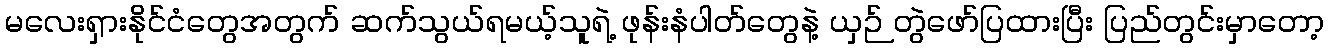
မလေးရှားနိုင်ငံတွေအတွက် ဆက်သွယ်ရမယ့်သူရဲ့ ဖုန်းနံပါတ်တွေနဲ့ ယှဉ် တွဲဖော်ပြထားပြီး ပြည်တွင်းမှာတော့